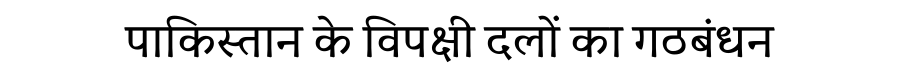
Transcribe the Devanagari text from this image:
पाकिस्तान के विपक्षी दलों का गठबंधन